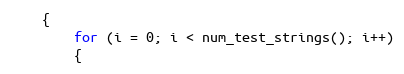
Language: C
	{
		for (i = 0; i < num_test_strings(); i++)
		{